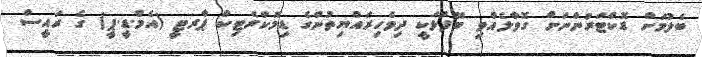
ބެލުމަށް ޑޮކްޓަރުންނަށް ގޮވާލެއްވި ބޭފުޅަކީ ދިވެހިރައްޔިތުންގެ ޑިމޮކްރެޓިކް ޕާރޓީ (އެމް.ޑީ.ޕީ) ގެ ރައީސް